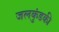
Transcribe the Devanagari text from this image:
जलकुंडकी